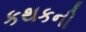
કથકની